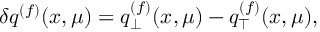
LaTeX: \delta q ^ { ( f ) } ( x , \mu ) = q _ { \bot } ^ { ( f ) } ( x , \mu ) - q _ { \top } ^ { ( f ) } ( x , \mu ) ,